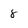
Character: 8